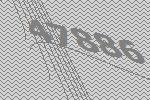
47886